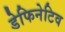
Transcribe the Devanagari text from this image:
डेफिनेटिव